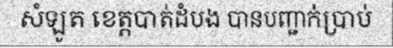
សំឡូត ខេត្តបាត់ដំបង បានបញ្ជាក់ប្រាប់